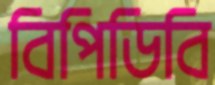
বিপিডিবি